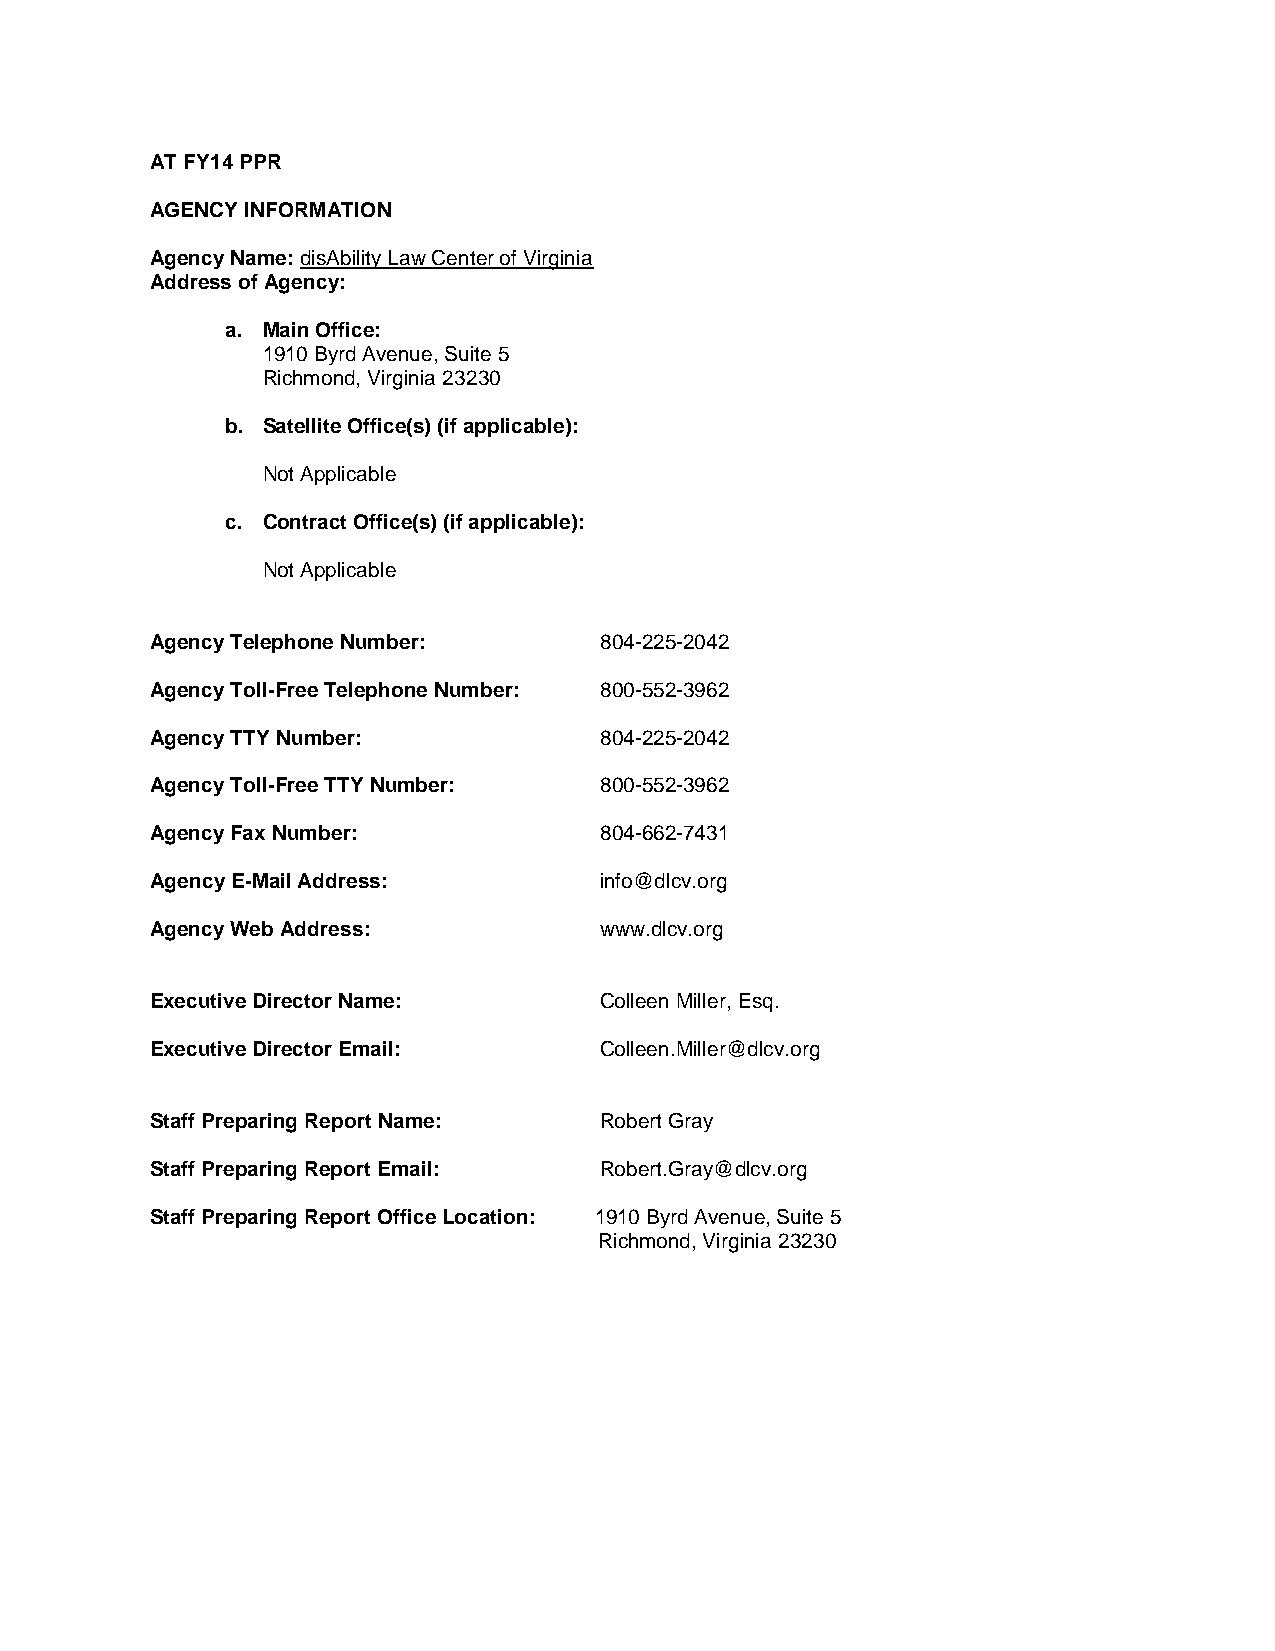
AT FY14 PPR
 AGENCY INFORMATION
 Agency Name: disAbility Law Center of Virginia
 Address of Agency:
 a. Main Office:
 1910 Byrd Avenue, Suite 5
 Richmond, Virginia 23230
 b. Satellite Office(s) (if applicable):
 Not Applicable
 c. Contract Office(s) (if applicable):
 Not Applicable
 Agency Telephone Number:      804-225-2042
 Agency Toll-Free Telephone Number: 800-552-3962
 Agency TTY Number:            804-225-2042
 Agency Toll-Free TTY Number:  800-552-3962
 Agency Fax Number:            804-662-7431
 Agency E-Mail Address:        info@dlcv.org
 Agency Web Address:           www.dlcv.org
 Executive Director Name:      Colleen Miller, Esq.
 Executive Director Email:     Colleen.Miller@dlcv.org
 Staff Preparing Report Name:  Robert Gray
 Staff Preparing Report Email: Robert.Gray@dlcv.org
 Staff Preparing Report Office Location: 1910 Byrd Avenue, Suite 5
 Richmond, Virginia 23230